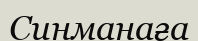
Синманаға